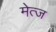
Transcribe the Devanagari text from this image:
मेत्ज